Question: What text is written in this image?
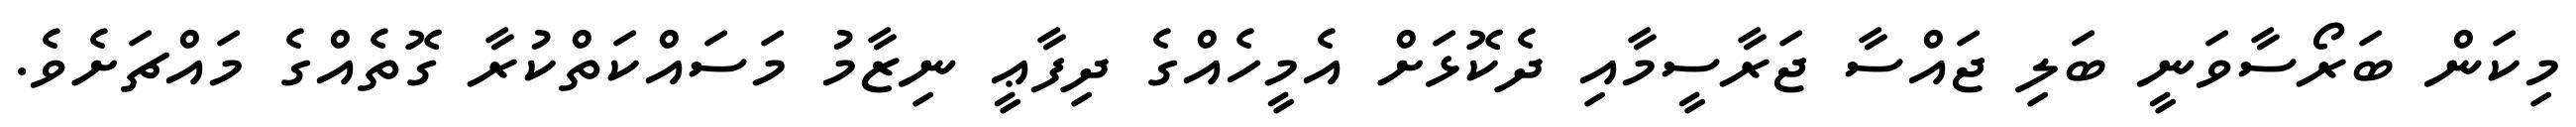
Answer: މިކަން ބަރޯސާވަނީ ބަލި ޖައްސާ ޖަރާސީމާއި ދެކޮޅަށް އެމީހެއްގެ ދިފާޢީ ނިޒާމު މަސައްކަތްކުރާ ގޮތެއްގެ މައްޗަށެވެ.